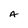
Character: A